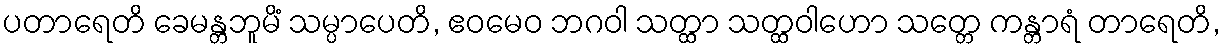
ပတာရေတိ ခေမန္တဘူမိံ သမ္ပာပေတိ, ဧဝမေဝ ဘဂဝါ သတ္ထာ သတ္ထဝါဟော သတ္တေ ကန္တာရံ တာရေတိ,